Lunatic asylums Punjab 1895-1910 - 1895-1910
Year: 1895
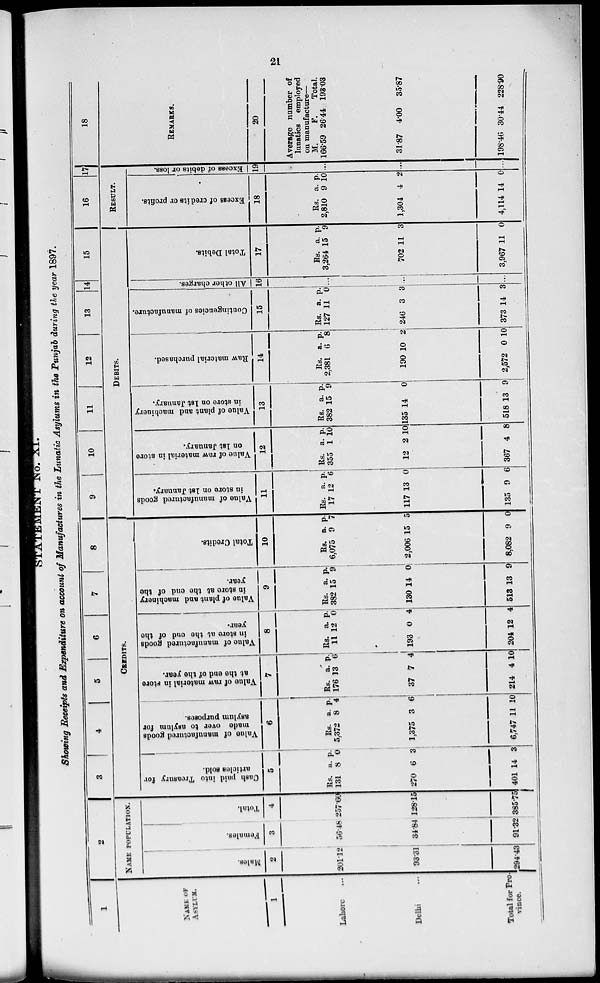
21
STATEMENT No. XI.
Showing Receipts and Expenditure on account of Manufactures in the Lunatic Asylums in the Punjab during the year 1897.
1
NAME OF
ASYLUM.
1
Lahore ...
Delhi ...
Total for Pro-
vince.
2
NAME POPULATION.
Males.
2
201.12
93.31
294.43
Females.
3
56.48
34.84
91.32
Total.
4
257.60
128.15
385.75
3 4
5 6
7
8
CREDITS.
Cash paid into Treasury for
articles sold.
5
Rs.
131
270
401
a. 8
6
14
p. 0
3
3
Value of manufactured goods
made over to asylum for
asylum purposes.
6
Rs.
5,372
1,375
6,747
a. 8
3
11
p. 4
6
10
Value of raw material in store
at the end of the year.
7
Rs.
176
37
214
a. 13
7
4
p. 6
4
10
Value
of manufactured goods
in store at the end of the
year.
8
Rs.
11
193
204
a. 12
0
12
p. 0
4
4
Value of plant and machinery
in store at the end of the
year.
9
Rs.
382
130
513
a. 15
14
13
p. 9
0
9
Total Credits.
10
Rs.
6,075
2,006
8,082
a. 9
15
9
p. 7
5
0
9
10
11
12 13 14 15
DEBITS.
Value of manufactured goods
in store on 1st January.
11
Rs.
17
117
135
a. 12
13
9
p. 6
0
6
Value of raw material in store
on 1st January.
12
Rs.
355
12
367
a. 1
2
4
p. 10
10
8
Value of plant and machinery
in store on 1st January.
13
Rs. 382
135
518
a. 15
14
13
p. 9
0
9
Raw material purchased.
14
Rs. 2,381
190
2,572
a. 6
10
0
p. 8
2
10
Contingencies of manufacture.
15
Rs.
127
246
373
a. 11
3
14
p. ...
3
3
All other charges.
16
...
...
...
Total Debits.
17
Rs.
3,264
702
3,967
a. 15
11
11
p. 9
3
0
16 17
RESULT.
Excess of credits or profits.
18
Rs. 2,810
1,304
4,114
a. 9
4
14
p. 10
2
0
Excess of debits or loss.
19
...
...
...
18
REMARKS.
20
Average number of
lunatics employed
on manufacture—
M. 166.59
31.87
198.46
F. 26.44
4.00
30.44
Total. 193.03
35.87
228.90